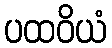
ပထဝိယံ